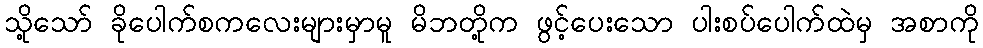
သို့သော် ခိုပေါက်စကလေးများမှာမူ မိဘတို့က ဖွင့်ပေးသော ပါးစပ်ပေါက်ထဲမှ အစာကို